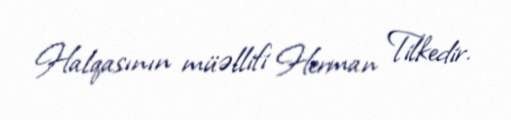
Halqasının müəllifi Herman Tilkedir.